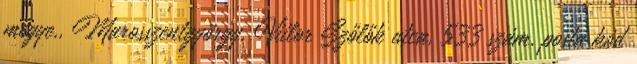
megye,, Marosszentgyörgy, Viilor Szőlők utca, 533 szám, posta kód